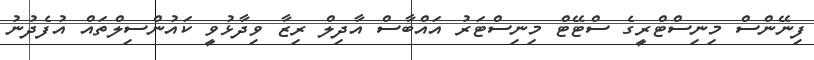
ފިނޭންސް މިނިސްޓްރީގެ ސްޓޭޓް މިނިސްޓަރު އައްބާސް އާދިލް ރިޒާ ވިދާޅުވީ ކައުންސިލްތައް އުފެދުނު